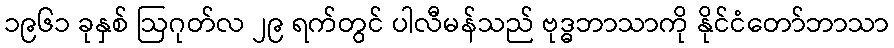
၁၉၆၁ ခုနှစ် ဩဂုတ်လ ၂၉ ရက်တွင် ပါလီမန်သည် ဗုဒ္ဓဘာသာကို နိုင်ငံတော်ဘာသာ